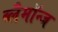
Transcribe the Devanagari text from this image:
ब्लैमॉन्ज